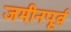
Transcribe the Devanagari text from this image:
जमीनपूर्व